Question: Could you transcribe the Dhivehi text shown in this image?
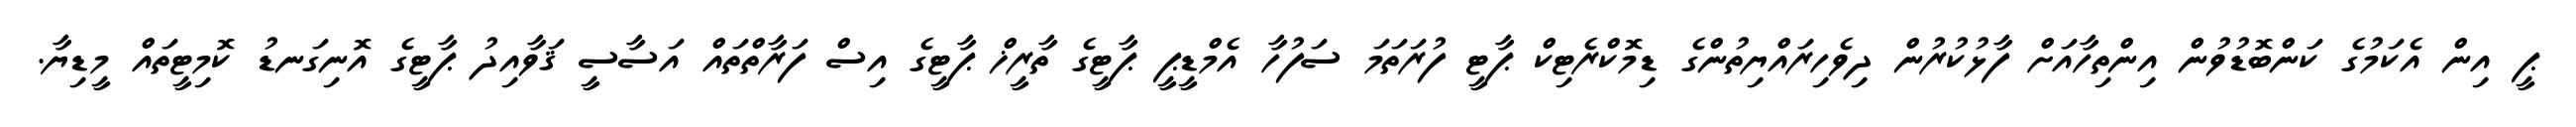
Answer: ޕީ އިން އެކަމުގެ ކަންބޮޑުވުން އިންތިހާއަށް ފާޅުކުރުން ދިވެހިރައްޔިތުންގެ ޑިމޮކްރެޓިކް ޕާޓީ ފުރަތަމަ ސަފުހާ އެމްޑީޕީ ޕާޓީގެ ތާރީޚް ޕާޓީގެ އިސް ފަރާތްތައް އަސާސީ ޤަވާއިދު ޕާޓީގެ އޮނިގަނޑު ކޮމިޓީތައް މީޑިޔާ.